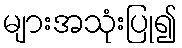
များအသုံးပြု၍